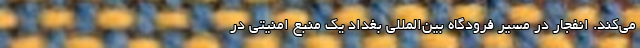
می‌کند. انفجار در مسیر فرودگاه بین‌المللی بغداد یک منبع امنیتی در